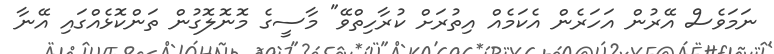
ނަމަވެސް އޭރުން އަހަރެން އެކަމެއް އިތުރަށް ކުރާހިތްވޭ" މާސީގެ މޮނޮލޮގުން ތަންކޮޅެއްގައި އޭނާ